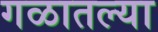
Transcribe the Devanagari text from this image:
गळातल्या